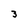
Character: 3